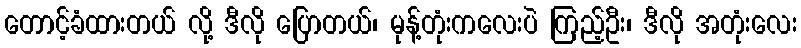
တောင့်ခံထားတယ် လို့ ဒီလို ပြောတယ်၊ မုန့်တုံးကလေးပဲ ကြည့်ဦး၊ ဒီလို အတုံးလေး